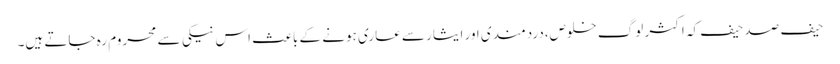
حیف صد حیف کہ اکثر لوگ خلوص،دردمندی اور ایثار سے عاری ہونے کے باعث اس نیکی سے محروم رہ جاتے ہیں۔